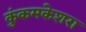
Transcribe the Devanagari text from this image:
कुंकमकेशरा